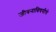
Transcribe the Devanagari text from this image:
जीवनाविषयीचे